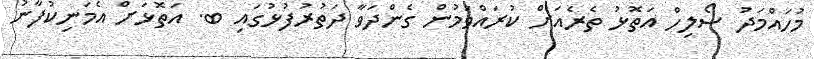
މުހައްމަދު ސޯލިހް އަތޮޅު ތެރެއަށް ކުރައްވަމުން ގެންދަވާ ދަތުރުފުޅުގައި ބ. އަތޮޅަށް އެމަނިކުފާނު